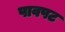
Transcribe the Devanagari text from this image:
पावपट